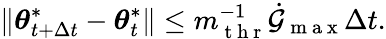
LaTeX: \| {\boldsymbol{\theta}}_{t+\Delta t}^{*}-{\boldsymbol{\theta}}_{t}^{*}\| \leq m_{\mathrm{~t~h~r~}}^{-1}\dot{\mathcal{G}}_{\mathrm{~m~a~x~}}\Delta t.